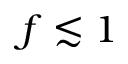
f \lesssim 1